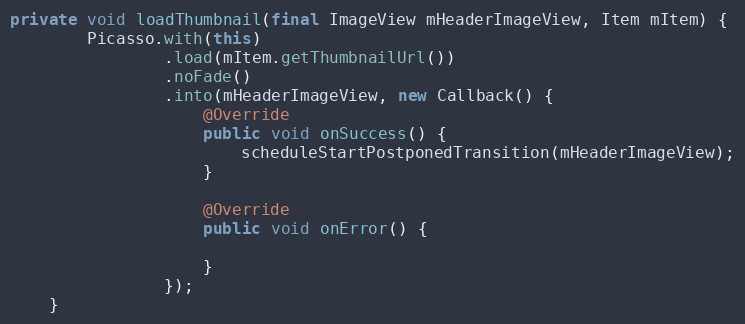
Language: Java
private void loadThumbnail(final ImageView mHeaderImageView, Item mItem) {
        Picasso.with(this)
                .load(mItem.getThumbnailUrl())
                .noFade()
                .into(mHeaderImageView, new Callback() {
                    @Override
                    public void onSuccess() {
                        scheduleStartPostponedTransition(mHeaderImageView);
                    }

                    @Override
                    public void onError() {

                    }
                });
    }